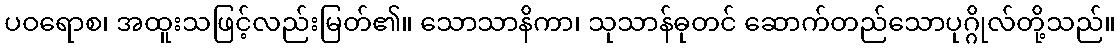
ပဝရောစ၊ အထူးသဖြင့်လည်းမြတ်၏။ သောသာနိကာ၊ သုသာန်ဓုတင် ဆောက်တည်သောပုဂ္ဂိုလ်တို့သည်။